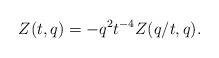
LaTeX: \begin{align*}Z(t,q)=-q^2t^{-4}Z(q/t,q).\end{align*}